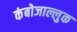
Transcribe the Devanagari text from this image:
कंबोजाल्लुक